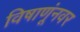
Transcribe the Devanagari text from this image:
विषाणूंनवर